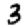
Digit: 3